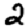
Digit: 2